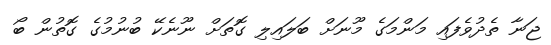
ޖަނާ ތެދުވެފައި މަންމަގެ މޫނަށް ބަލައިލި ގޮތަށް ނޫނެކޭ ބުނުމުގެ ގޮތުން ބޯ